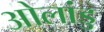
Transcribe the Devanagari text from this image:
ओलांडु